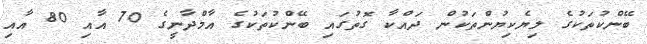
ބޭންކުތަކުގެ ލިޔެކިޔުންތަކުން ދައްކާ ގޮތުގައި ބޭންކުތަކުގެ އާމްދާނީގެ 70 އާއި 80 އާއި